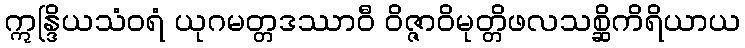
ဣန္ဒြိယသံဝရံ ယုဂမတ္တဒဿာဝီ ဝိဇ္ဇာဝိမုတ္တိဖလသစ္ဆိကိရိယာယ